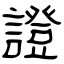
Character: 證